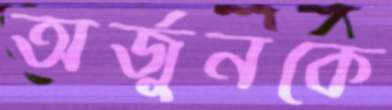
অর্জুনকে